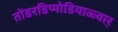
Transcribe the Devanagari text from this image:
तोंडरडिप्पोडियाळ्वार्